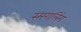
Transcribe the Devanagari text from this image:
स्मगलिंग